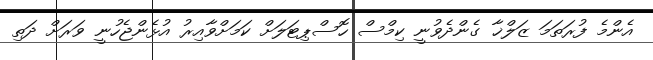
އެންމެ ފުރަތަމަ ޒަލްޚާ ގެންދެވުނީ ކިމްސް ހޮސްޕިޓަލަށް ކަމަށްވާއިރު އުޅެންޖެހުނީ ވަރަށް ދަތި